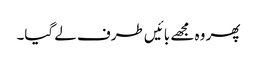
پھر وہ مجھے بائیں طرف لے گیا۔